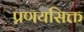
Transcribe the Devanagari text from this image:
प्रणयसिक्त